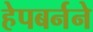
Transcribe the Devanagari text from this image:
हेपबर्नने